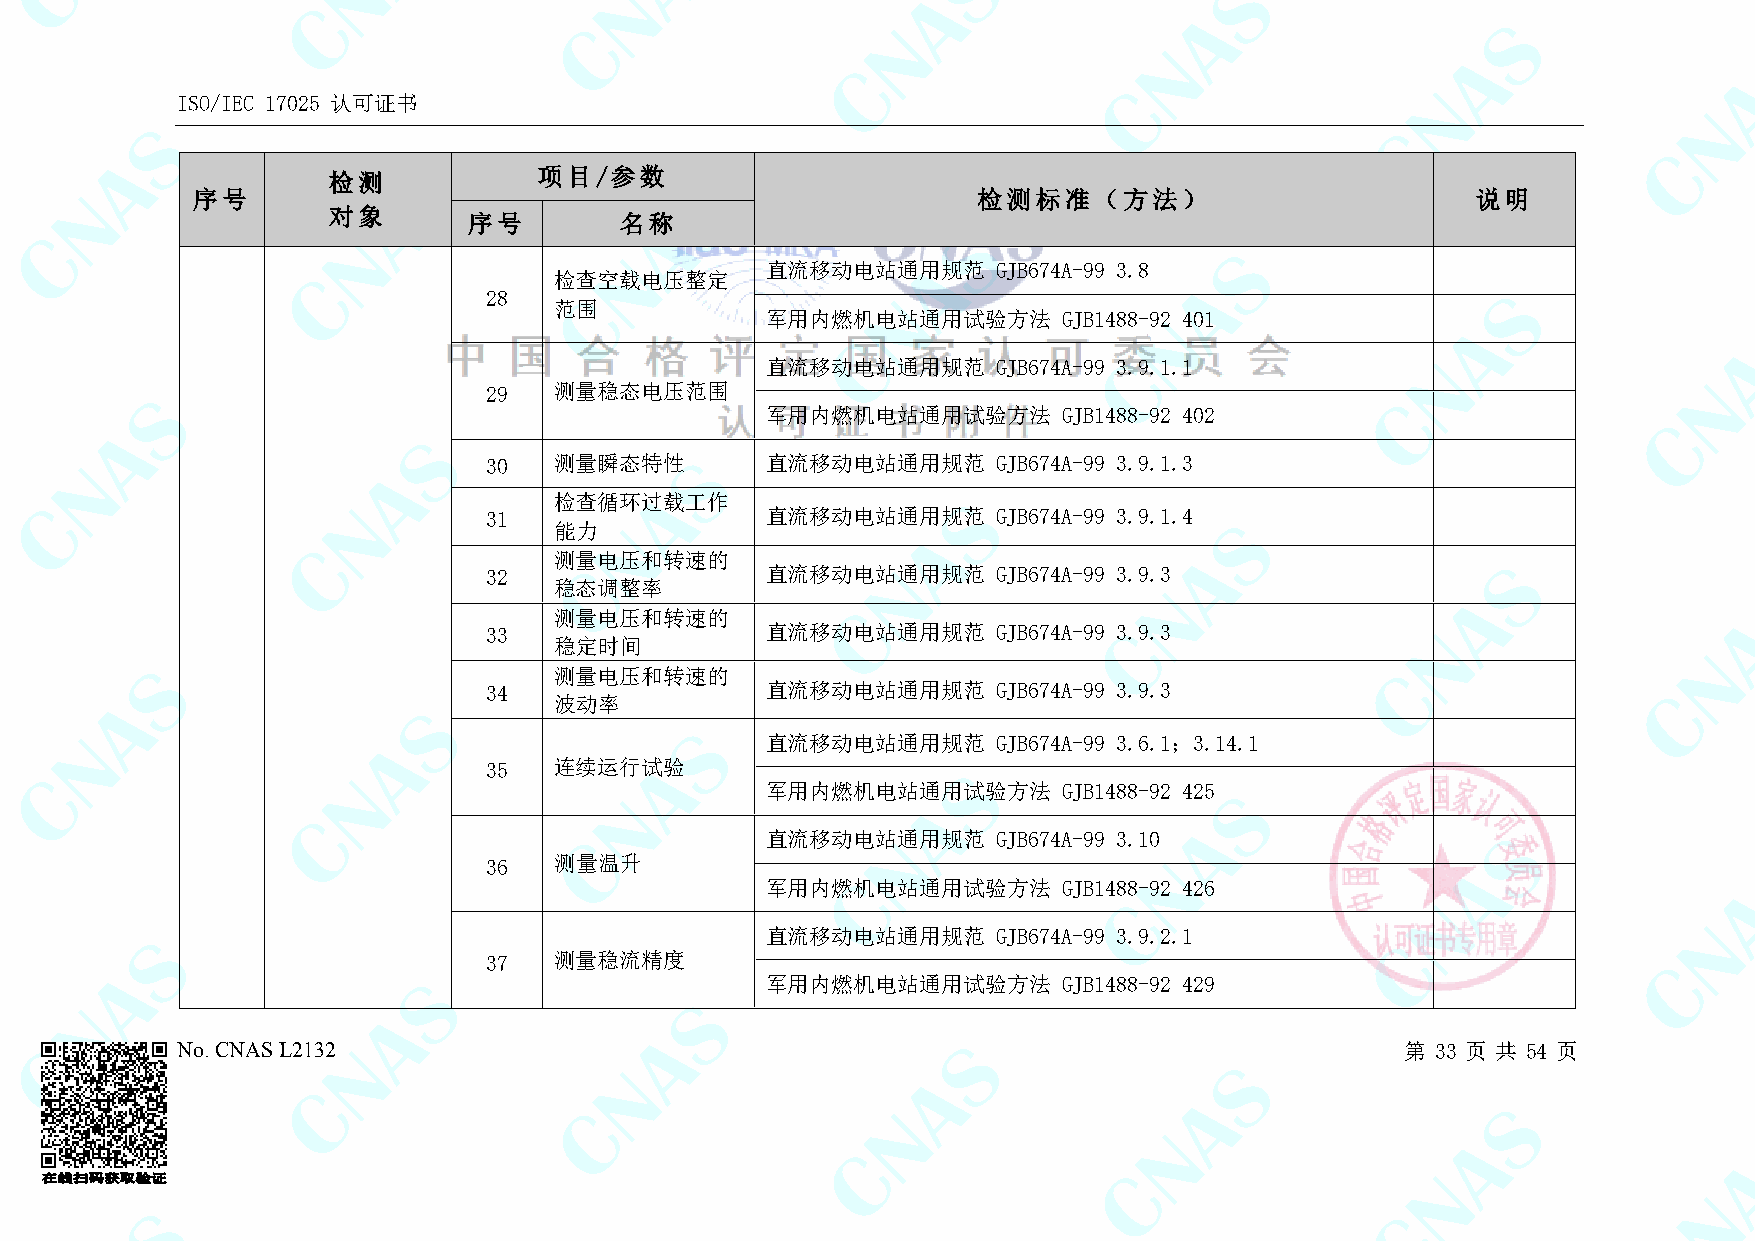
ISO/IEC 17025 认可证书
 检测            项目/参数
 序号                                                  检测标准（方法）                         说明
 对象
 序号        名称
 直流移动电站通用规范     GJB674A-99 3.8
 检查空载电压整定
 28
 范围
 军用内燃机电站通用试验方法      GJB1488-92 401
 直流移动电站通用规范     GJB674A-99 3.9.1.1
 29   测量稳态电压范围
 军用内燃机电站通用试验方法      GJB1488-92 402
 30   测量瞬态特性        直流移动电站通用规范     GJB674A-99 3.9.1.3
 检查循环过载工作
 31                 直流移动电站通用规范     GJB674A-99 3.9.1.4
 能力
 测量电压和转速的
 32                 直流移动电站通用规范     GJB674A-99 3.9.3
 稳态调整率
 测量电压和转速的
 33                 直流移动电站通用规范     GJB674A-99 3.9.3
 稳定时间
 测量电压和转速的
 34                 直流移动电站通用规范     GJB674A-99 3.9.3
 波动率
 直流移动电站通用规范     GJB674A-99 3.6.1；3.14.1
 35   连续运行试验
 军用内燃机电站通用试验方法      GJB1488-92 425
 直流移动电站通用规范     GJB674A-99 3.10
 36   测量温升
 军用内燃机电站通用试验方法      GJB1488-92 426
 直流移动电站通用规范     GJB674A-99 3.9.2.1
 37   测量稳流精度
 军用内燃机电站通用试验方法      GJB1488-92 429
 No. CNAS L2132                                                                   第 33 页 共 54 页